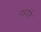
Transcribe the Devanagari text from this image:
हाह्नडोर्फ़